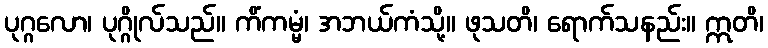
ပုဂ္ဂလော၊ ပုဂ္ဂိုလ်သည်။ ကိံကမ္မံ၊ အဘယ်ကံသို့။ ဖုသတိ၊ ရောက်သနည်း။ ဣတိ၊